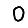
Digit: 0